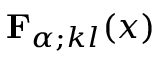
{ \mathbf { F } } _ { \alpha ; k l } ( x )